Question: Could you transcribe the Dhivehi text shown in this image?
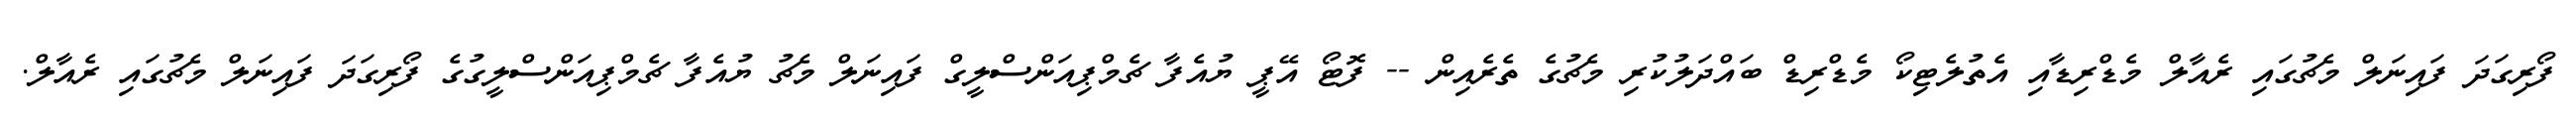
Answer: ފޯރިގަދަ ފައިނަލް މެޗުގައި ރެއާލް މެޑްރިޑާއި އެތުލެޓިކޯ މެޑްރިޑް ބައްދަލުކުރި މެޗުގެ ތެރެއިން -- ފޮޓޯ އޭޕީ ޔުއެފާ ޗެމްޕިއަންސްލީގް ފައިނަލް މެޗު ޔުއެފާ ޗެމްޕިއަންސްލީގުގެ ފޯރިގަދަ ފައިނަލް މެޗުގައި ރެއާލް.